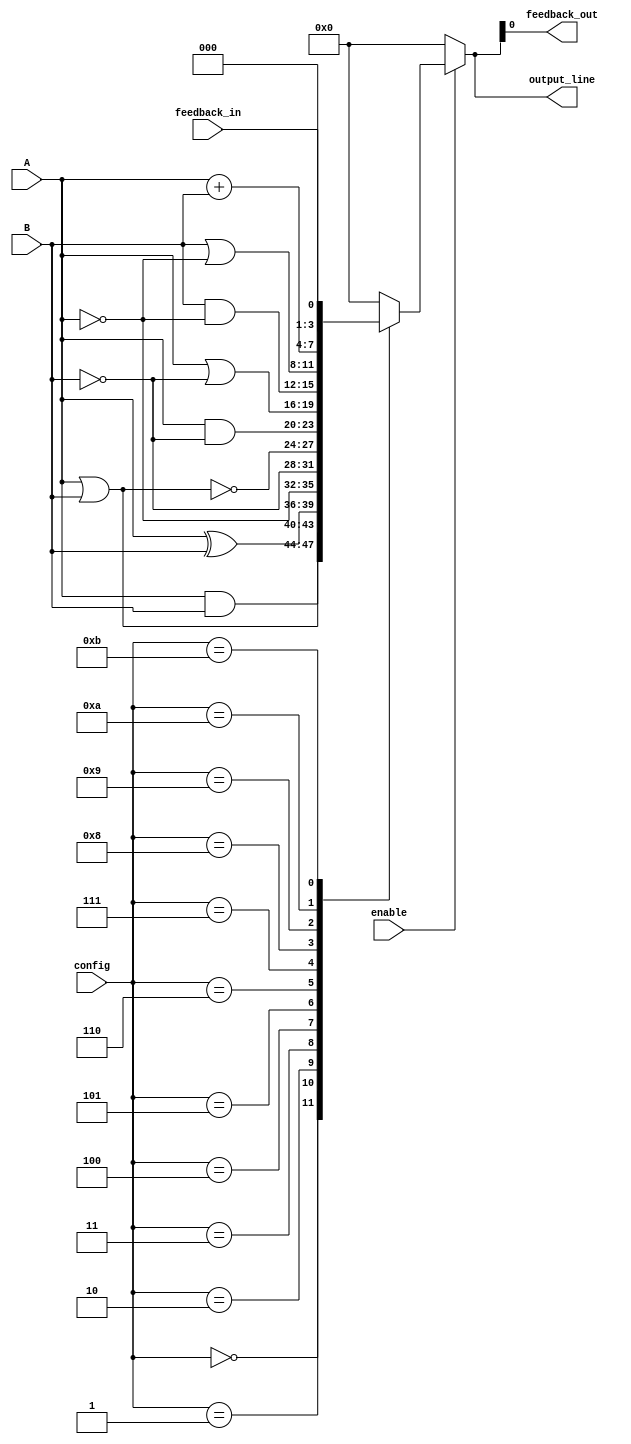
module CLB (
    input wire [3:0] A,         // Input lines (4-bit)
    input wire [3:0] B,         // Input lines (4-bit)
    input wire [3:0] config,    // Configuration bits for LFUs
    input wire enable,           // Enable control signal
    input wire feedback_in,      // Feedback input for complexity
    output reg [3:0] output_line,// Output lines (4-bit)
    output reg feedback_out      // Feedback output
);

// Logic Function Units (LFUs)
reg [3:0] LFU_out; // Intermediate outputs from LFUs

// LFU logic implementation based on config bits
always @(*) begin
    if (enable) begin
        case (config)
            4'b0000: LFU_out = A & B;         // AND
            4'b0001: LFU_out = A | B;         // OR
            4'b0010: LFU_out = A ^ B;         // XOR
            4'b0011: LFU_out = ~A;            // NOT A
            4'b0100: LFU_out = ~B;            // NOT B
            4'b0101: LFU_out = A ~| B;        // NOR
            4'b0110: LFU_out = A & ~B;        // A AND NOT B
            4'b0111: LFU_out = A | ~B;        // A OR NOT B
            4'b1000: LFU_out = B & ~A;        // B AND NOT A
            4'b1001: LFU_out = B | ~A;        // B OR NOT A
            4'b1010: LFU_out = A + B;         // ADDITION
            4'b1011: LFU_out = feedback_in;   // Use feedback as input
            default: LFU_out = 4'b0000;       // Default output
        endcase
    end else begin
        LFU_out = 4'b0000; // If not enabled, output 0
    end
end

// Output assignments
always @(*) begin
    output_line = LFU_out; // Assign LFU output to output line
end

// Feedback path assignment
always @(*) begin
    feedback_out = LFU_out[0]; // Example feedback output from LFU
end

endmodule